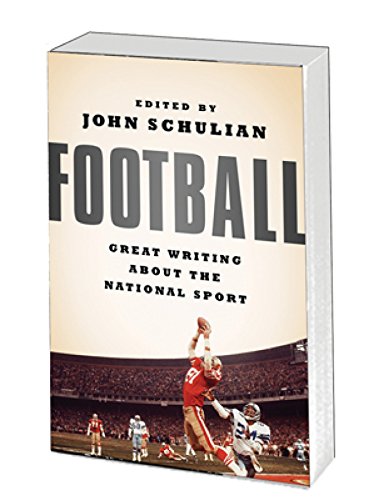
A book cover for Football: Great Writing About the National Sport: A Special Publication of The Library of America; Various; Sports & Outdoors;